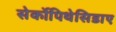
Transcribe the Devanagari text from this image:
सेर्कोपिथेसिडाए